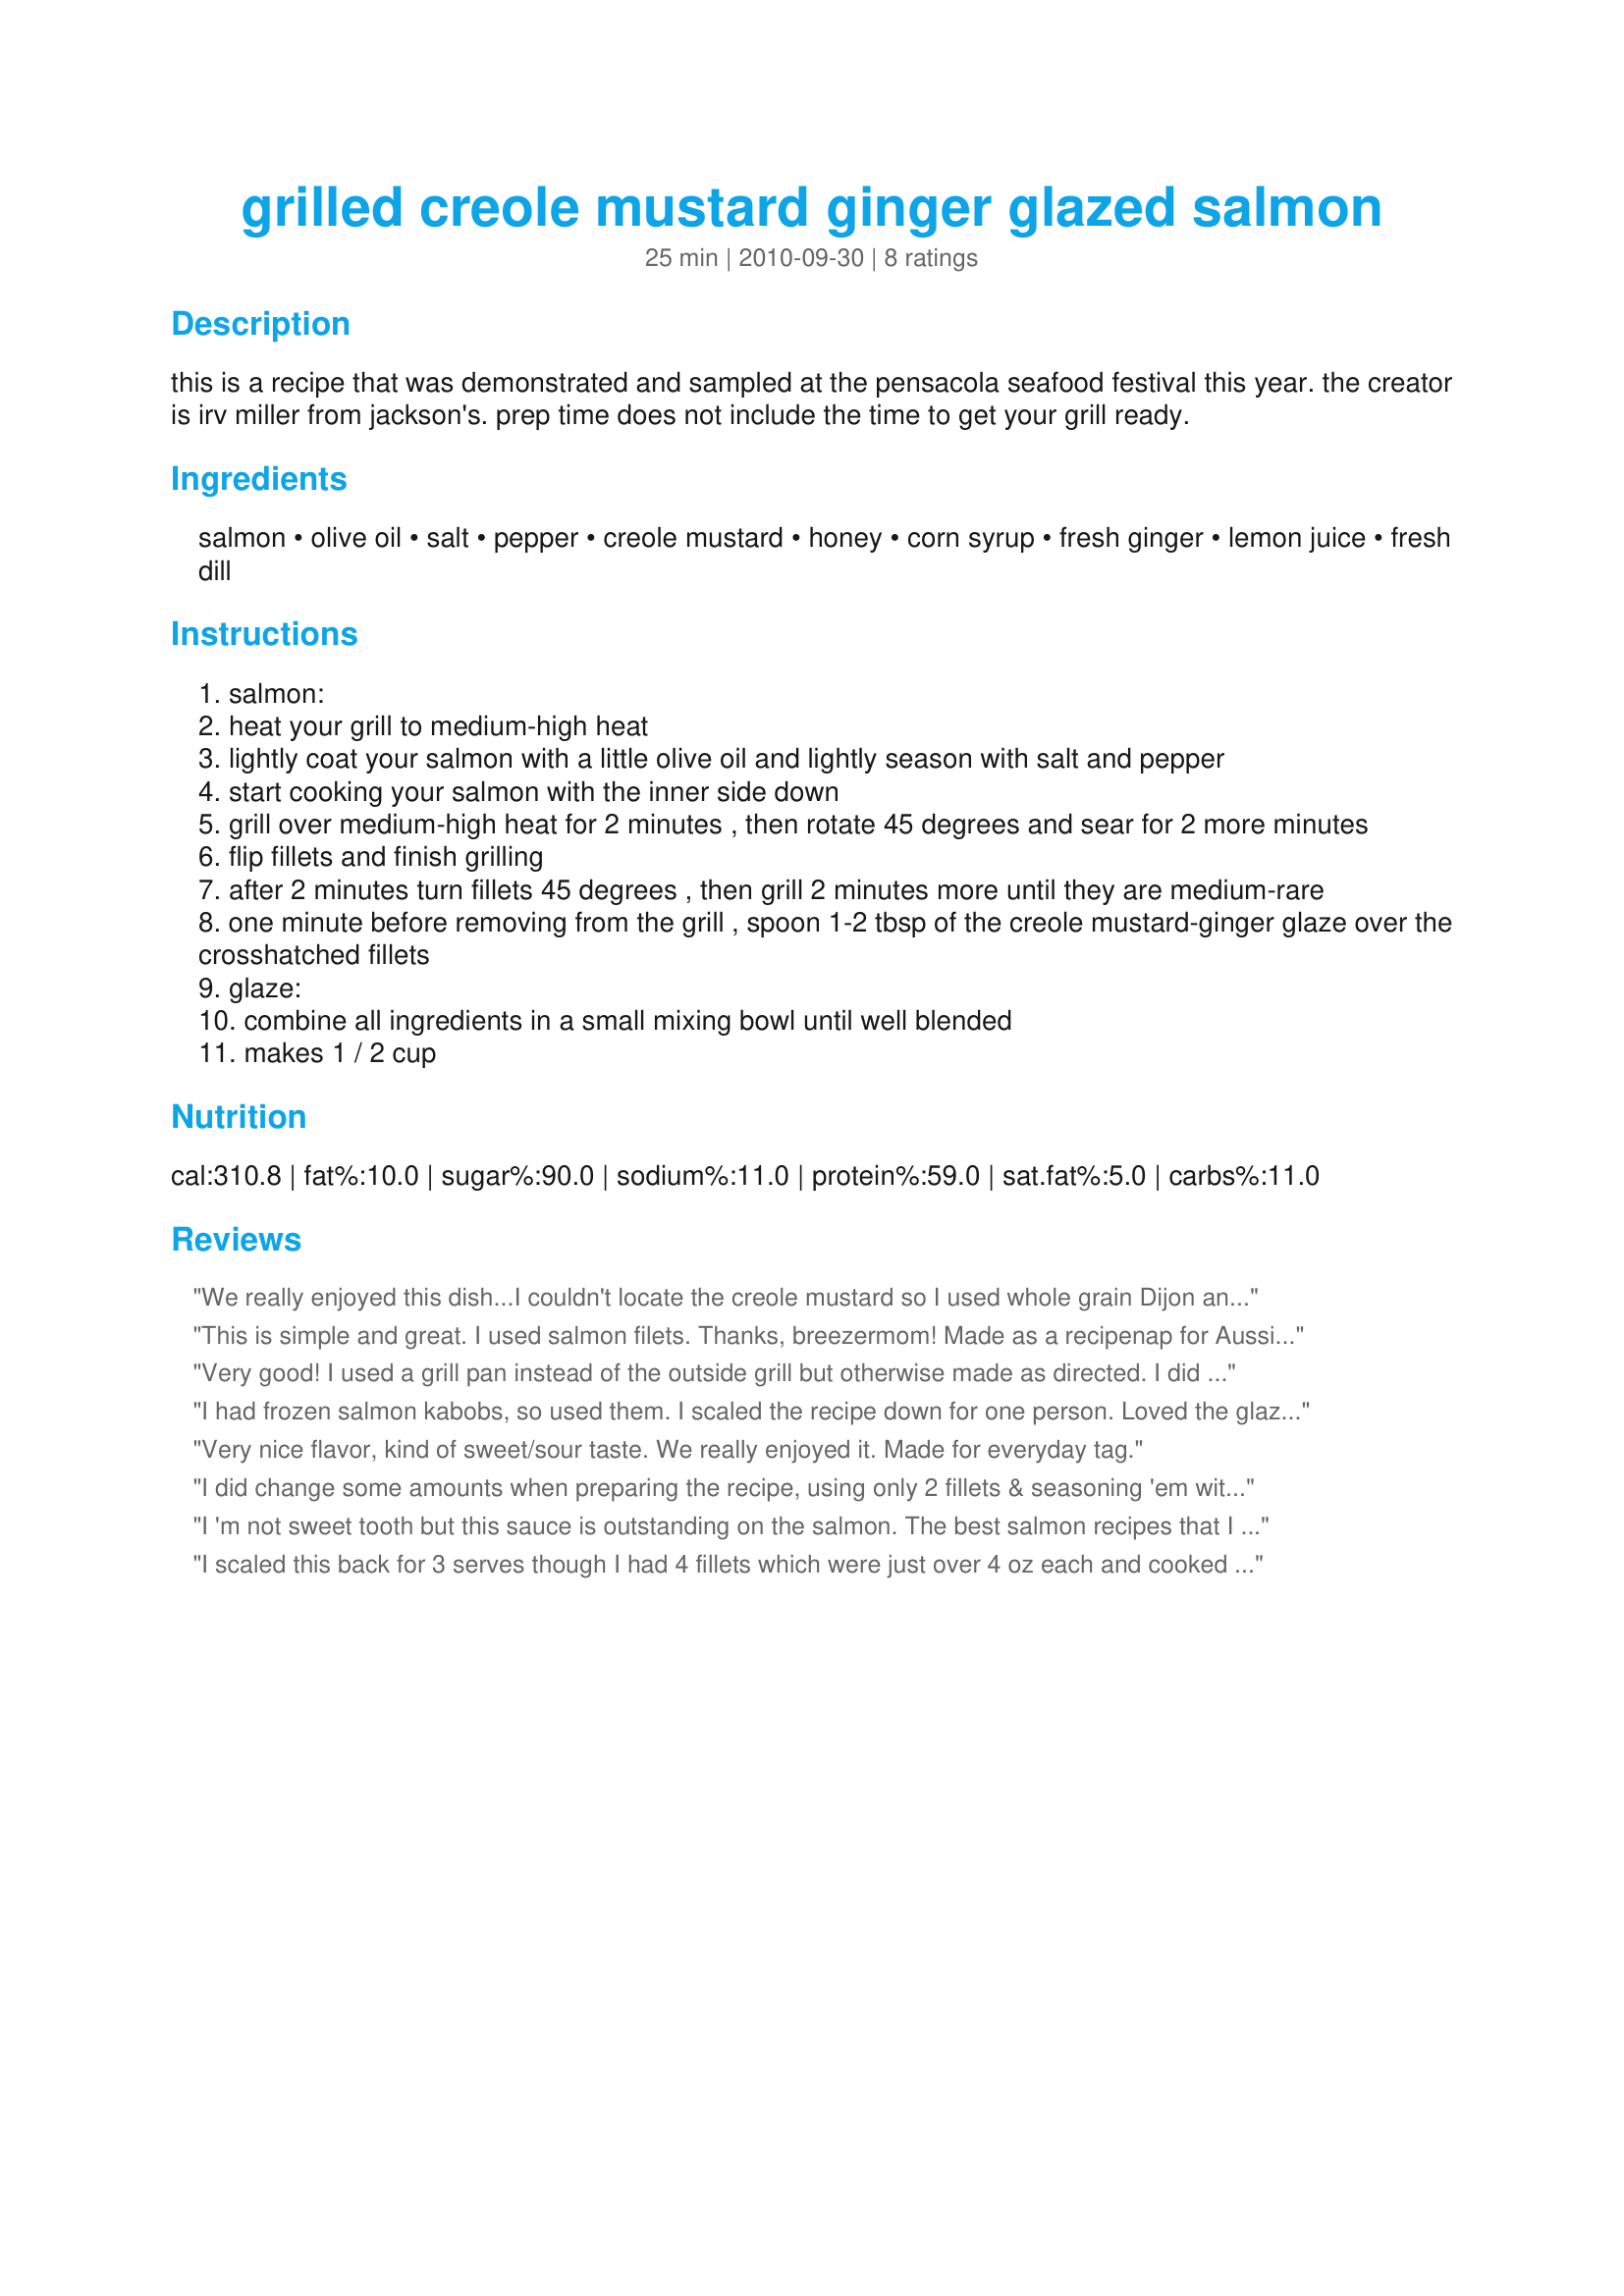
grilled creole mustard ginger glazed salmon
Preparation time: 25 minutes

this is a recipe that was demonstrated and sampled at the pensacola seafood festival this year. the creator is irv miller from jackson's. prep time does not include the time to get your grill ready.

Ingredients:
salmon, olive oil, salt, pepper, creole mustard, honey, corn syrup, fresh ginger, lemon juice, fresh dill

Steps:
salmon:
heat your grill to medium-high heat
lightly coat your salmon with a little olive oil and lightly season with salt and pepper
start cooking your salmon with the inner side down
grill over medium-high heat for 2 minutes , then rotate 45 degrees and sear for 2 more minutes
flip fillets and finish grilling
after 2 minutes turn fillets 45 degrees , then grill 2 minutes more until they are medium-rare
one minute before removing from the grill , spoon 1-2 tbsp of the creole mustard-ginger glaze over the crosshatched fillets
glaze:
combine all ingredients in a small mixing bowl until well blended
makes 1 / 2 cup

Reviews:
We really enjoyed this dish...I couldn't locate the creole mustard so I used whole grain Dijon and sprinkled in a bit of creole seasoning...I cooked mine on a George Foreman grill...made for &quot;For Your Consideration&quot; tag game...
This is simple and great. I used salmon filets. Thanks, breezermom! Made as a recipenap for Aussie Kiwi Recipe Swap 46.
Very good! I used a grill pan instead of the outside grill but otherwise made as directed. I did cut all the glaze ingredients in half though. Thanks for sharing!
I had frozen salmon kabobs, so used them. I scaled the recipe down for one person. Loved the glaze. Thanks! Made for PRMR game.
Very nice flavor, kind of sweet/sour taste. We really enjoyed it. Made for everyday tag.
I did change some amounts when preparing the recipe, using only 2 fillets & seasoning 'em with lemon pepper instead of the usual S&P! Then most of the glaze ingredients were cut in half, although I did use just 2 tablespoons each of the honey & the corn syrup! That was more juggling than I normally do when making a recipe for the first time, but the results were just great, & the 2 of us were very satisfied with the wonderfully tasty salmon that we had! Thanks for posting the recipe! {Tagged & made in Please Review My Recipe]
I 'm not sweet tooth but this sauce is outstanding on the salmon. The best salmon recipes that I have cooked so far. Thanks for sharing.
I scaled this back for 3 serves though I had 4 fillets which were just over 4 oz each and cooked on the indoor electric grill (the DS got 2 and the DM and I 1 each - though the DS didn't get his second fillet until after I photographed the dish). For dietary reasons I cut back the honey and corn syrup to 1 tablespoon each instead of 3 and had to use lime juice instead of lemon and as I could not get creole mustard I used a spicy red wine grain mustard but only used about a 1/3 of the glaze which was plenty for us so would therefore scale the glaze back further when making again. Thank you breezermom, made for Everyday A Holiday.
